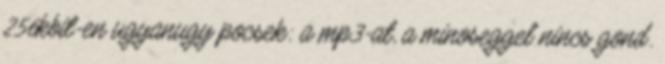
256kbit-en ugyanugy pocsek: a mp3-at, a minoseggel nincs gond.